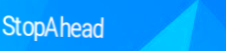
StopAhead